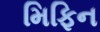
મિફિન